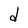
Character: d